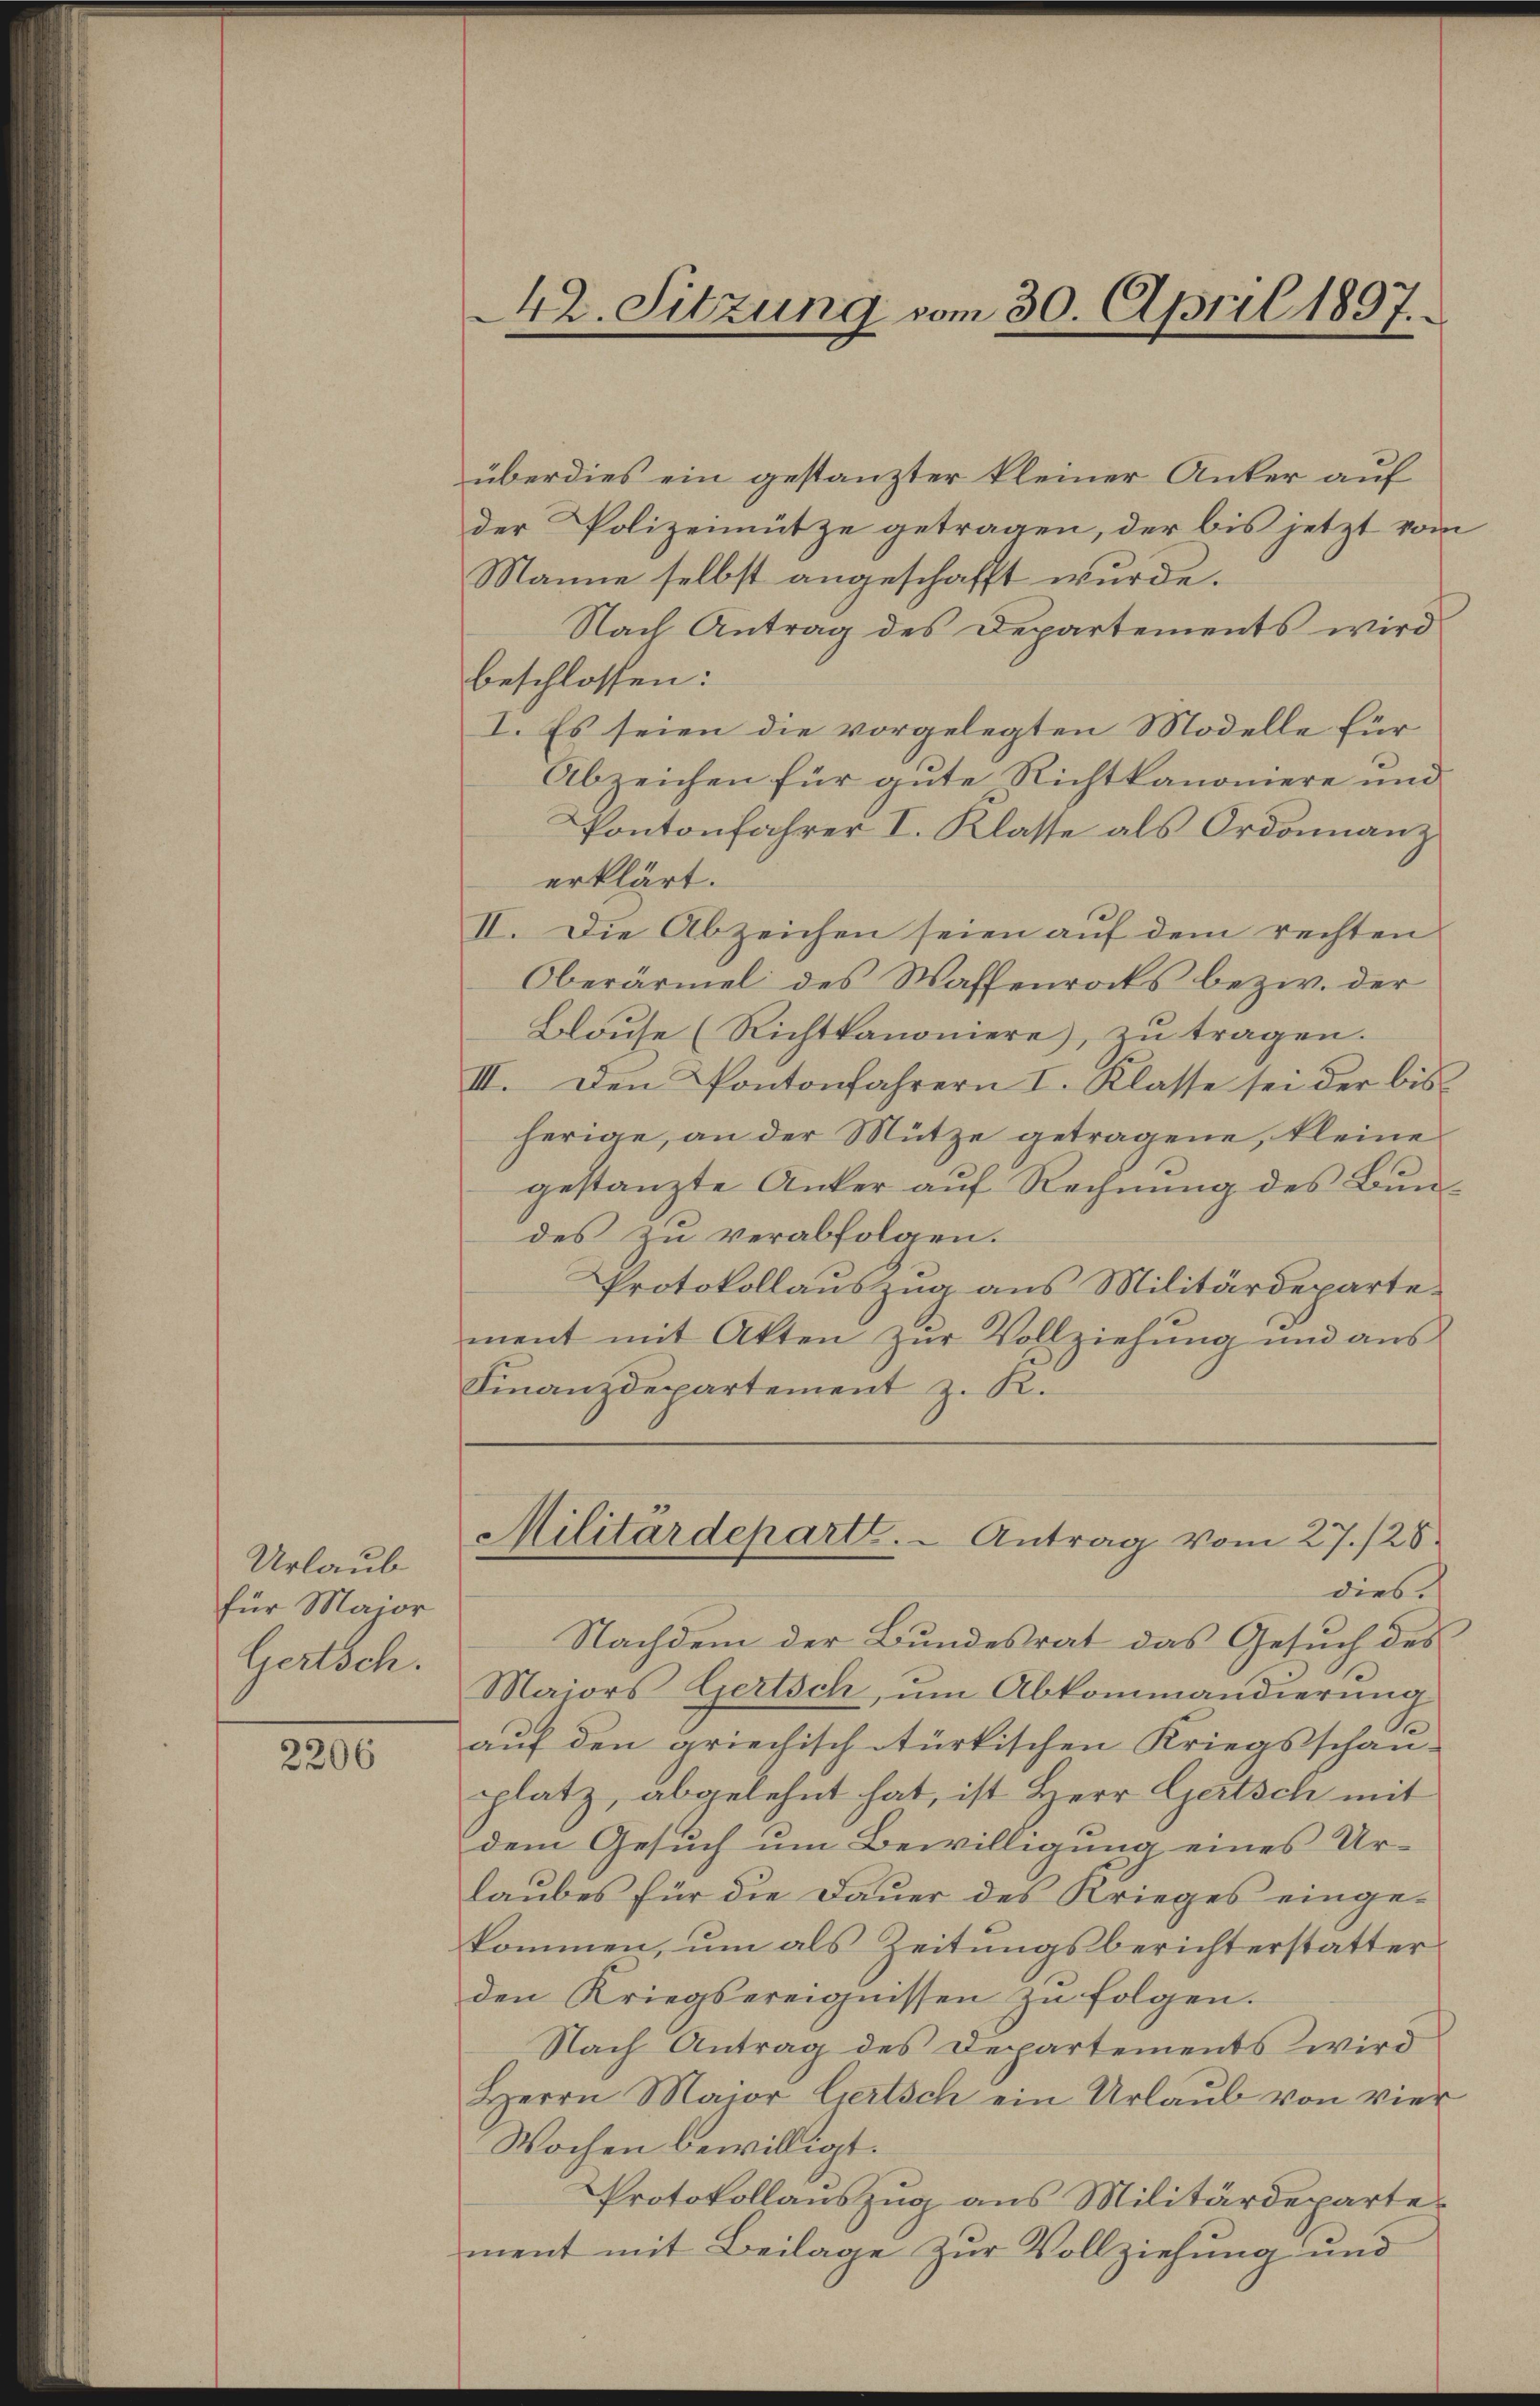
Urlaub
für Major
Gertsch.

2206

42. Sitzung vom 30. April 1897.

überdies ein gestanzter kleiner Anker auf
der Polizeimütze getragen, der bis jetzt vom
Manne selbst angeschafft wurde.
Nach Antrag des Departements wird
beschlossen:
I. Es seien die vorgelegten Modelle für
Abzeichen für gute Richtkanoniere und
Pantonfahrer I. Klasse als Ordonnanz
erklärt.
II. Die Abzeichen seien auf dem rechten
Oberärmel des Waffenrocks bezw. der
Blause (Richtkanoniere, zu tragen.
III. Den Pantonfahrern I. Klasse sei der bis
herige, an der Mütze getragene, kleine
gestanzte Anker auf Rechnung des Bundes zu verabfolgen.
Protokollauszug aus Militärdepartement mit Akten zŭr Vollziehŭng und aŭs
Finanzdepartement z. R.

Militärdeparte. - Antrag vom 27./26.
dies

Nachdem der Bundesrat das Gesuch des
Maiors Gertsch, um Abkommandierung
auf den griechisch türkischen Kriegsschan-
platz, abgelehnt hat, ist Herr Gertsch mit
dem Gesuch um Bewilligung eines Urlaubes für die Dauer des Krieges eingekommen, um als Zeitungsberichterstatter
den Kriegsereignissen zu folgen.
Nach Antrag des Departements wird
Herrn Major Liertsch ein Urlaub von vier
Wochen bewilligt.
Protokollauszug aus Militärdepartement mit Beilage zur Vollziehung und